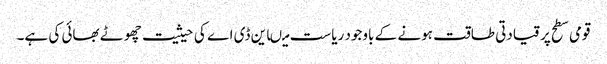
قومی سطح پر قیادتی طاقت ہونے کے باوجود ریاست میںاین ڈی اے کی حیثیت چھوٹے بھائی کی ہے۔